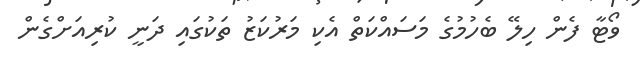
ވޯޓާ ފެން ހިލޭ ބެހުމުގެ މަސައްކަތް އެކި މަރުކަޒު ތަކުގައި ދަނީ ކުރިއަށްގެން